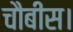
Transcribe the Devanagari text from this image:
चौबीस।